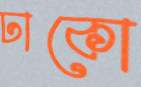
ঢাকো